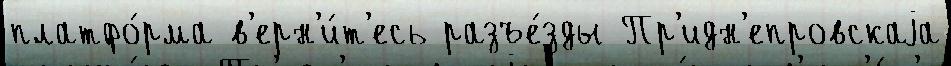
платфо́рма в'ерн'и́т'есь разъе́зды Пр'идн'епровскаjа